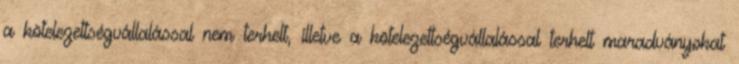
a kötelezettségvállalással nem terhelt, illetve a kötelezettségvállalással terhelt maradványokat